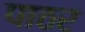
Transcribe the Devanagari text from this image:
पाठर